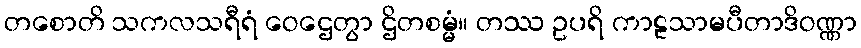
တစောတိ သကလသရီရံ ဝေဌေတွာ ဌိတစမ္မံ။ တဿ ဥပရိ ကာဠသာမပီတာဒိဝဏ္ဏာ